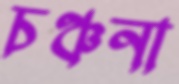
চঞ্চনা